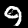
Label: 9